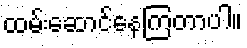
ထမ်းဆောင်နေကြတာပါ။